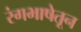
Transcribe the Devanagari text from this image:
रंगभाषेतून